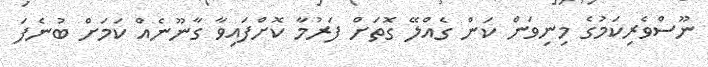
ނޫސްވެރިކަމުގެ މިނިވަން ކަން ގެއްލޭ ގޮތަށް ފަރުމާ ކޮށްފައިވާ ގާނޫނެއް ކަމަށް ބުނެފަ